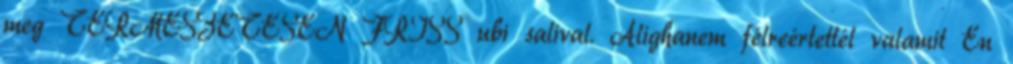
meg TERMÉSZETESEN FRISS ubi salival. Alighanem félreértettél valamit Én